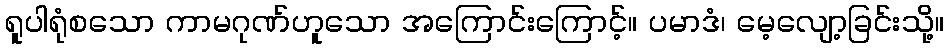
ရူပါရုံစသော ကာမဂုဏ်ဟူသော အကြောင်းကြောင့်။ ပမာဒံ၊ မေ့လျော့ခြင်းသို့။